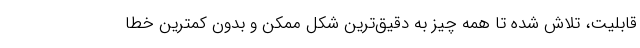
قابلیت، تلاش شده تا همه چیز به دقیق‌ترین شکل ممکن و بدون کمترین خطا